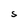
Character: S